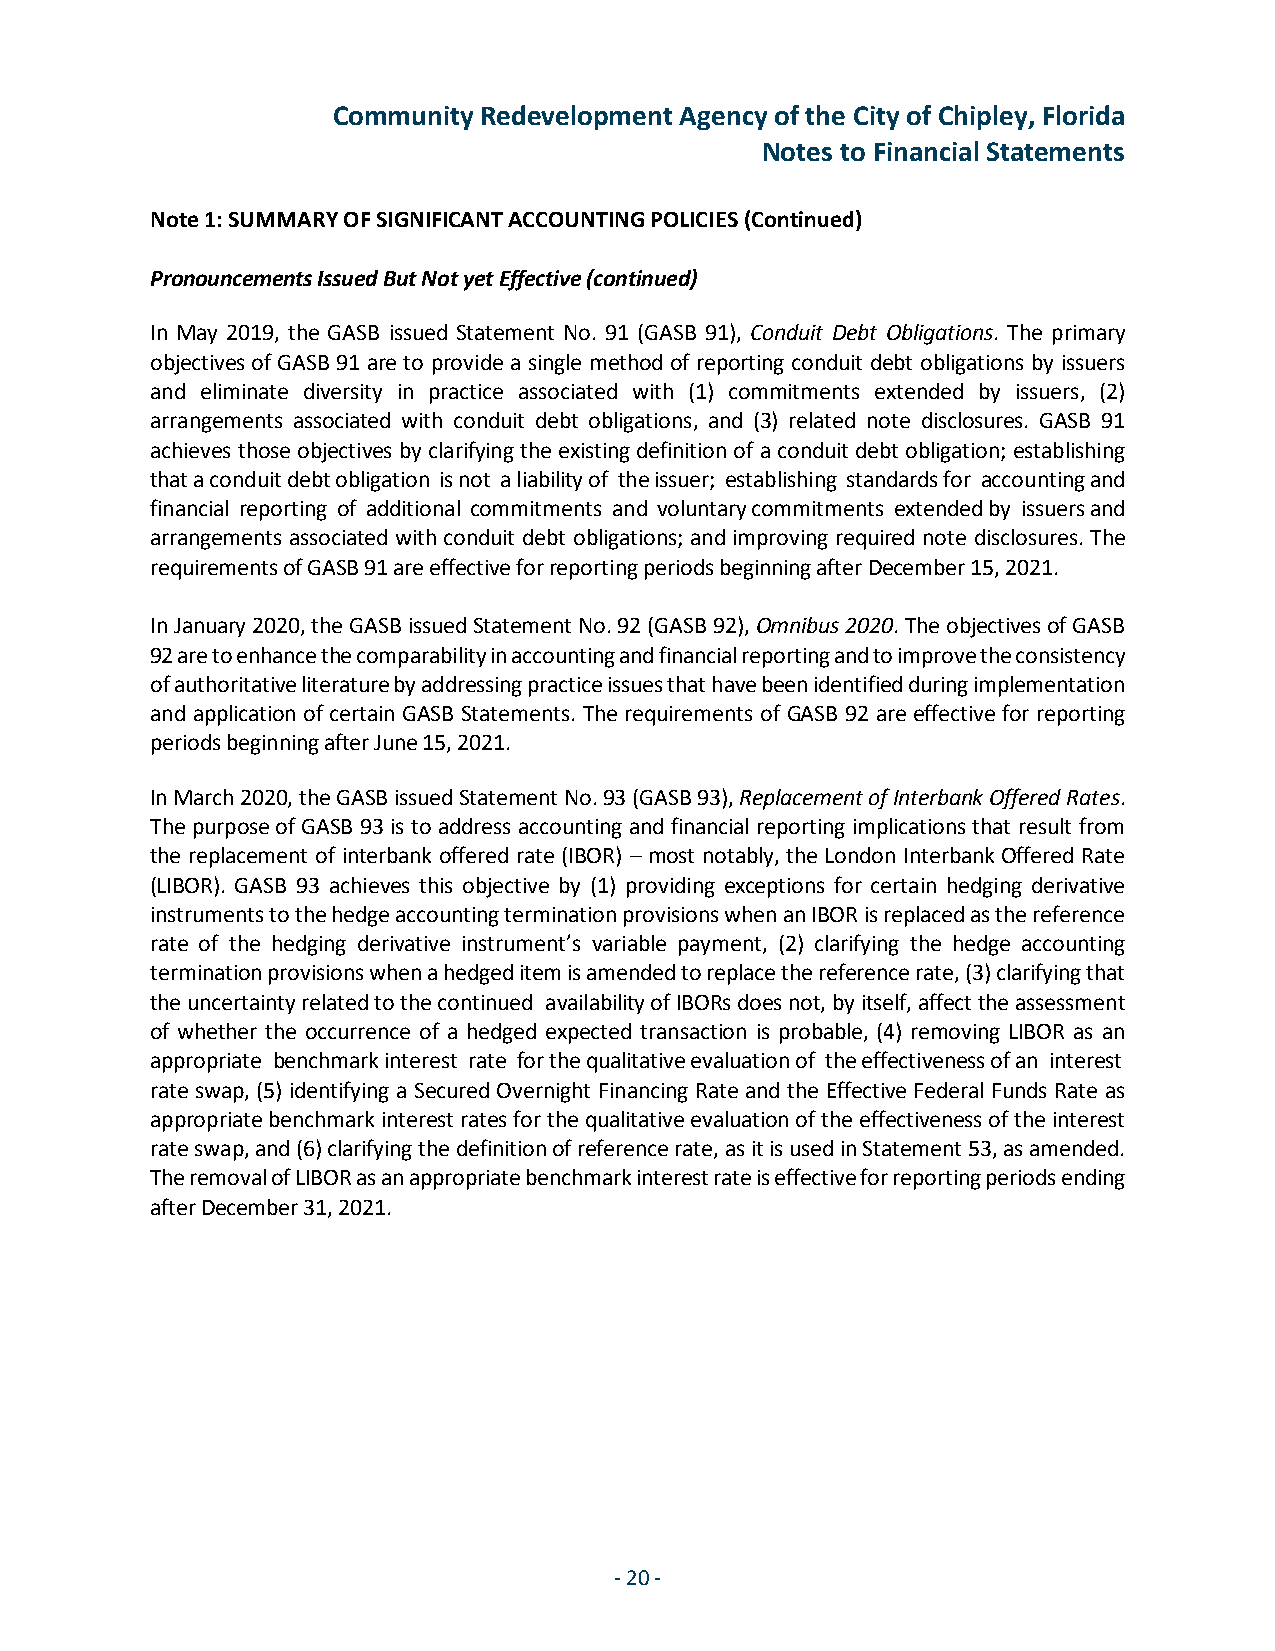
Community Redevelopment Agency of the City of Chipley, Florida
 Notes to Financial Statements
 Note 1: SUMMARY OF SIGNIFICANT ACCOUNTING POLICIES (Continued)
 Pronouncements Issued But Not yet Effective (continued)
 In May 2019, the GASB issued Statement No. 91 (GASB 91), Conduit Debt Obligations. The primary
 objectives of GASB 91 are to provide a single method of reporting conduit debt obligations by issuers
 and eliminate diversity in practice associated with (1) commitments extended by issuers, (2)
 arrangements associated with conduit debt obligations, and (3) related note disclosures. GASB 91
 achieves those objectives by clarifying the existing definition of a conduit debt obligation; establishing
 that a conduit debt obligation is not a liability of the issuer; establishing standards for accounting and
 financial reporting of additional commitments and voluntary commitments extended by issuers and
 arrangements associated with conduit debt obligations; and improving required note disclosures. The
 requirements of GASB 91 are effective for reporting periods beginning after December 15, 2021.
 In January 2020, the GASB issued Statement No. 92 (GASB 92), Omnibus 2020. The objectives of GASB
 92 are to enhance the comparability in accounting and financial reporting and to improve the consistency
 of authoritative literature by addressing practice issues that have been identified during implementation
 and application of certain GASB Statements. The requirements of GASB 92 are effective for reporting
 periods beginning after June 15, 2021.
 In March 2020, the GASB issued Statement No. 93 (GASB 93), Replacement of Interbank Offered Rates.
 The purpose of GASB 93 is to address accounting and financial reporting implications that result from
 the replacement of interbank offered rate (IBOR) – most notably, the London Interbank Offered Rate
 (LIBOR). GASB 93 achieves this objective by (1) providing exceptions for certain hedging derivative
 instruments to the hedge accounting termination provisions when an IBOR is replaced as the reference
 rate of the hedging derivative instrument’s variable payment, (2) clarifying the hedge accounting
 termination provisions when a hedged item is amended to replace the reference rate, (3) clarifying that
 the uncertainty related to the continued availability of IBORs does not, by itself, affect the assessment
 of whether the occurrence of a hedged expected transaction is probable, (4) removing LIBOR as an
 appropriate benchmark interest rate for the qualitative evaluation of the effectiveness of an interest
 rate swap, (5) identifying a Secured Overnight Financing Rate and the Effective Federal Funds Rate as
 appropriate benchmark interest rates for the qualitative evaluation of the effectiveness of the interest
 rate swap, and (6) clarifying the definition of reference rate, as it is used in Statement 53, as amended.
 The removal of LIBOR as an appropriate benchmark interest rate is effective for reporting periods ending
 after December 31, 2021.
 - 20 -